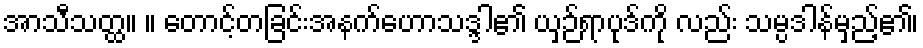
အာသီသတ္ထ။ ။ တောင့်တခြင်းအနက်ဟောသဒ္ဒါ၏ ယှဉ်ရာပုဒ်ကို လည်း သမ္ပဒါန်မှည့်၏၊